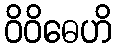
ဝိဝိဓေဟိ